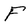
Character: F